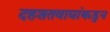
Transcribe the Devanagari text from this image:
दहशतवाद्यांकडुन